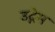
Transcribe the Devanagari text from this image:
उद्गेम